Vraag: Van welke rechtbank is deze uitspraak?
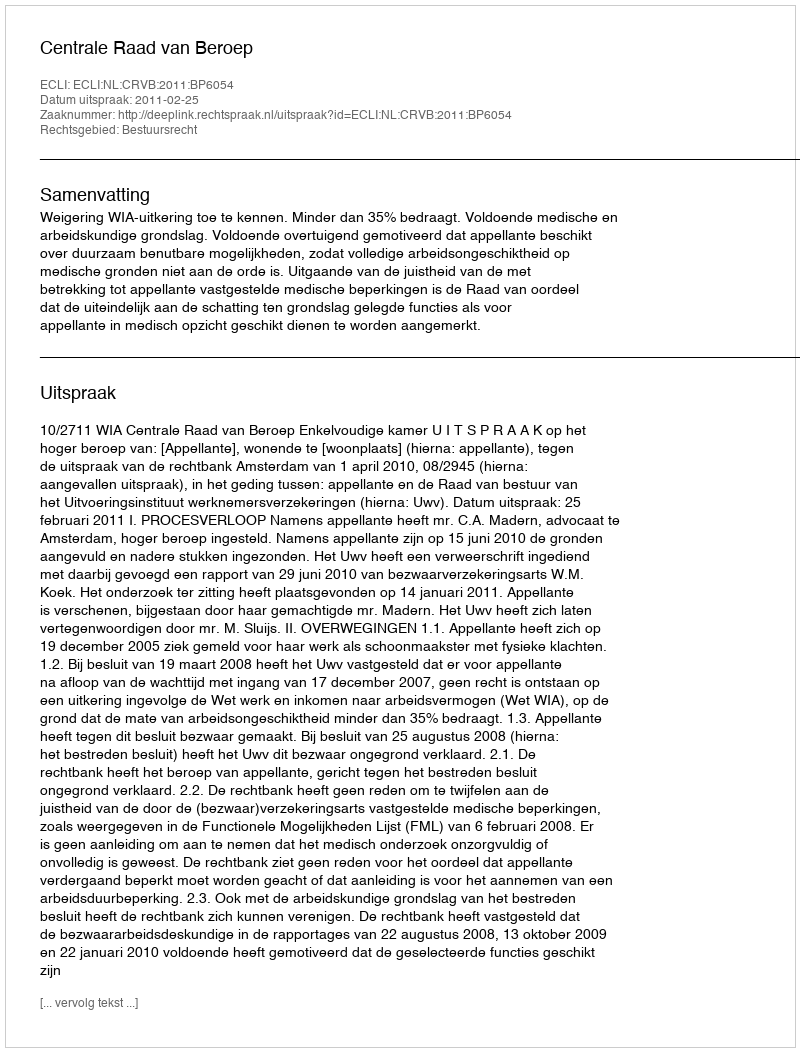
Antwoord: Centrale Raad van Beroep